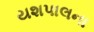
યશપાલના